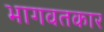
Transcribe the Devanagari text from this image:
भागवतकार